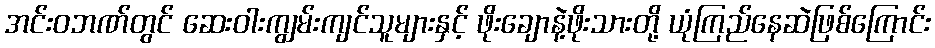
အင်းဝဘဏ်တွင် ဆေးဝါးကျွမ်းကျင်သူများနှင့် ဖိုးချောနဲ့ဖိုးသားတို့ ယုံကြည်နေဆဲဖြစ်ကြောင်း